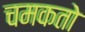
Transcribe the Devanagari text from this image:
चमकतो